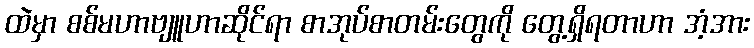
ထဲမှာ စစ်မဟာဗျူဟာဆိုင်ရာ စာအုပ်စာတမ်းတွေကို တွေ့ရှိရတာဟာ အံ့အား